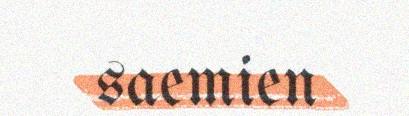
saemien